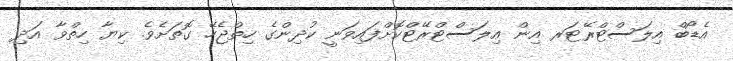
އެޑޯބް އިލަސްޓްރޭޓަރ އިން އިލަސްޓްރޭޓްކޮށްފައިވަނީ ކުދިންގެ ހިތްޖެހޭ ގޮތަށެވެ. ކިޔާ ހިތްވާ އަދި